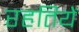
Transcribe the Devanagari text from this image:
रहतियें